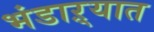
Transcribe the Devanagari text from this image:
भंडाऱ्यात